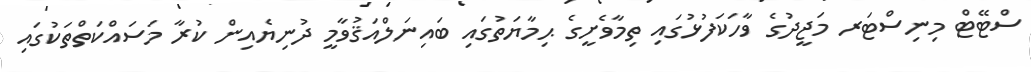
ސްޓޭޓް މިނިސްޓަރ މަޖީދުގެ ވާހަކަފުޅުގައި ތިމާވެށީގެ ޙިމާޔަތުގައި ބައިނަލްއަޤުވާމީ ދުނިޔެއިން ކުރާ މަސައްކަތްތަކުގައި